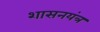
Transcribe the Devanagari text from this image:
शासनयंत्र